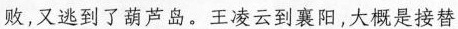
败，又逃到了葫芦岛。王凌云到襄阳，大概是接替